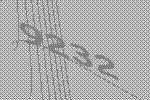
9232